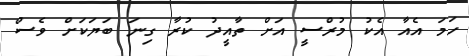
ހަމަ އެއާ އެކު މުރްސީ އަށް ތާއީދު ކުރާ ގިނަ ބަޔަކަށް ވެސް